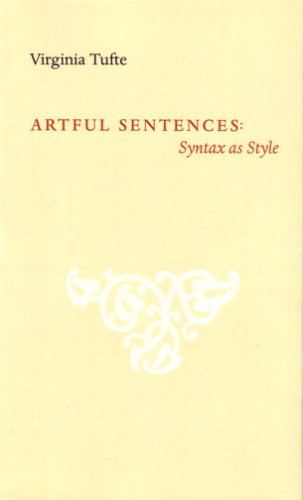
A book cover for Artful Sentences: Syntax as Style; Virginia Tufte; Reference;